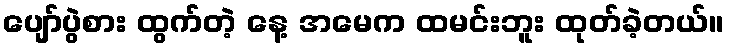
ပျော်ပွဲစား ထွက်တဲ့ နေ့ အမေက ထမင်းဘူး ထုတ်ခဲ့တယ်။